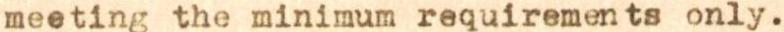
meeting the minimum requirements only.